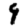
Digit: 9